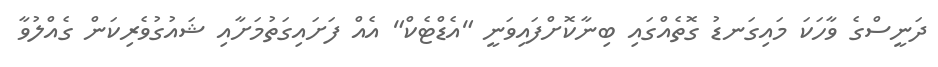
ދަނީސްގެ ވާހަކަ މައިގަނޑު ގޮތެއްގައި ބިނާކޮށްފައިވަނީ "އެޑްޓެކް" އެއް ފަށައިގަތުމަށާއި ޝައުގުވެރިކަން ގެއްލުވާ